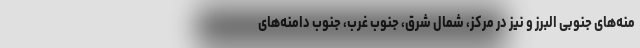
منه‌های جنوبی البرز و نیز در مرکز، شمال شرق، جنوب غرب، جنوب دامنه‌های